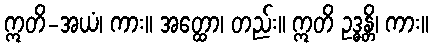
ဣတိ-အယံ၊ ကား။ အတ္ထော၊ တည်း။ ဣတိ ဥဒ္ဓန္တိ၊ ကား။